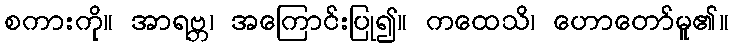
စကားကို။ အာရဗ္ဘ၊ အကြောင်းပြု၍။ ကထေသိ၊ ဟောတော်မူ၏။